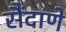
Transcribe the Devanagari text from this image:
सैंदाणे